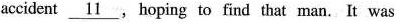
accident \underline_[11}, hoping to find that man. It was